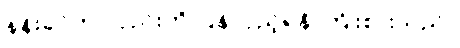
နန်းခင်က လှည်းကို ပြန်လှည့်ရန် ကြိုးစားသည်။